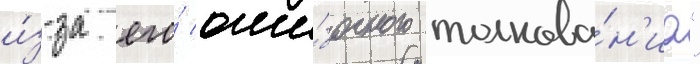
и́з-за его́ оши́бочного толкова́н'иа"